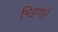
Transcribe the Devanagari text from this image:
भिडणारे